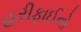
હરીફાઈનો